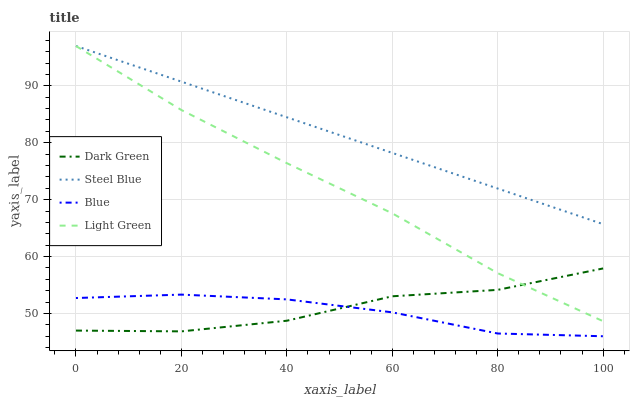
| xaxis_label | Dark Green | Steel Blue | Blue | Light Green |
 | --- | --- | --- | --- | --- |
 | 0 | 47 | 97 | 52.7 | 97 |
 | 20 | 46.9 | 90.7 | 53.3 | 85.8 |
 | 40 | 48.7 | 84.5 | 52.5 | 76.4 |
 | 60 | 53 | 78.2 | 50.2 | 67.6 |
 | 80 | 54.1 | 72 | 46.5 | 57.1 |
 | 100 | 57.9 | 65.7 | 46 | 48.6 |